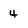
Character: 4